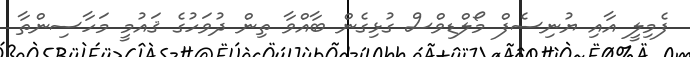
ފެމިލީ އާއި ޔުނިސެފް މޯލްޑިވްސް ގުޅިގެން ބާއްވާ ތިން ދުވަހުގެ ޤައުމީ މަހާސިންތާ